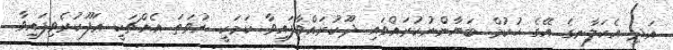
އަދި އެކަލާނގެ އޭގެ ޙުކުމް ބަޔާންނުކުރައްވައި ދޫކުރައްވާފައިވާ ކަމަކީ ނުވަތަ އެއްޗަކީ ޢަފޫކުރެވިފައިވާ